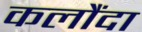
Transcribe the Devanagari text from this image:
कलौंदा